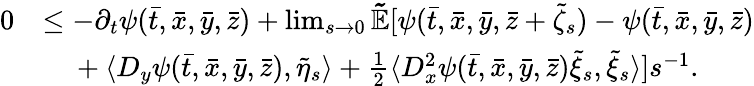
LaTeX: \begin{array}{rl}{0}&{\leq-\partial_{t}\psi(\bar{t},\bar{x},\bar{y},\bar{z})+\operatorname*{lim}_{s\rightarrow 0}\mathbb{\tilde{E}}[\psi(\bar{t},\bar{x},\bar{y},\bar{z}+\tilde{\zeta}_{s})-\psi(\bar{t},\bar{x},\bar{y},\bar{z})}\\ &{\mathrm{~\ ~\ }+\langle D_{y}\psi(\bar{t},\bar{x},\bar{y},\bar{z}),\tilde{\eta}_{s}\rangle+\frac{1}{2}\langle D_{x}^{2}\psi(\bar{t},\bar{x},\bar{y},\bar{z})\tilde{\xi}_{s},\tilde{\xi}_{s}\rangle]s^{-1}.}\end{array}